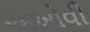
અખોવી